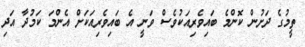
ތީމުގެ ދަށުން ކޮންމެ ބައިވެރިއަކުވެސް ވަނީ އެ ބައިވެރިއަކަށް އެންމަ ކަމުދާ އަދި